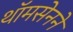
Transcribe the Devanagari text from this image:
थॉमसेनने